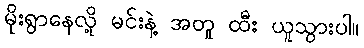
မိုးရွာနေလို့ မင်းနဲ့ အတူ ထီး ယူသွားပါ။